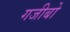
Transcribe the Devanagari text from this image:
गजीबो